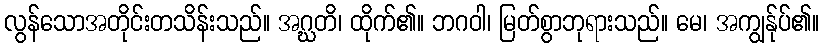
လွန်သောအတိုင်းတသိန်းသည်။ အဂ္ဃတိ၊ ထိုက်၏။ ဘဂဝါ၊ မြတ်စွာဘုရားသည်။ မေ၊ အကျွန်ုပ်၏။